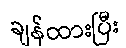
ချန်ထားပြီး